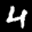
Label: 4